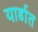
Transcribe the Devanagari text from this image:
यार्डात